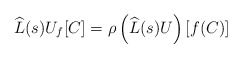
\begin{align*}\widehat{{L}}(s)U_{f}[C]=\rho \left( \widehat{{L}}(s)U\right) [f(C)]\end{align*}